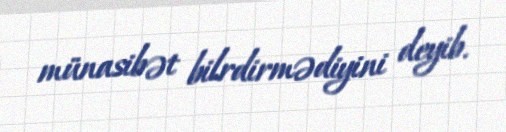
münasibət bilrdirmədiyini deyib.